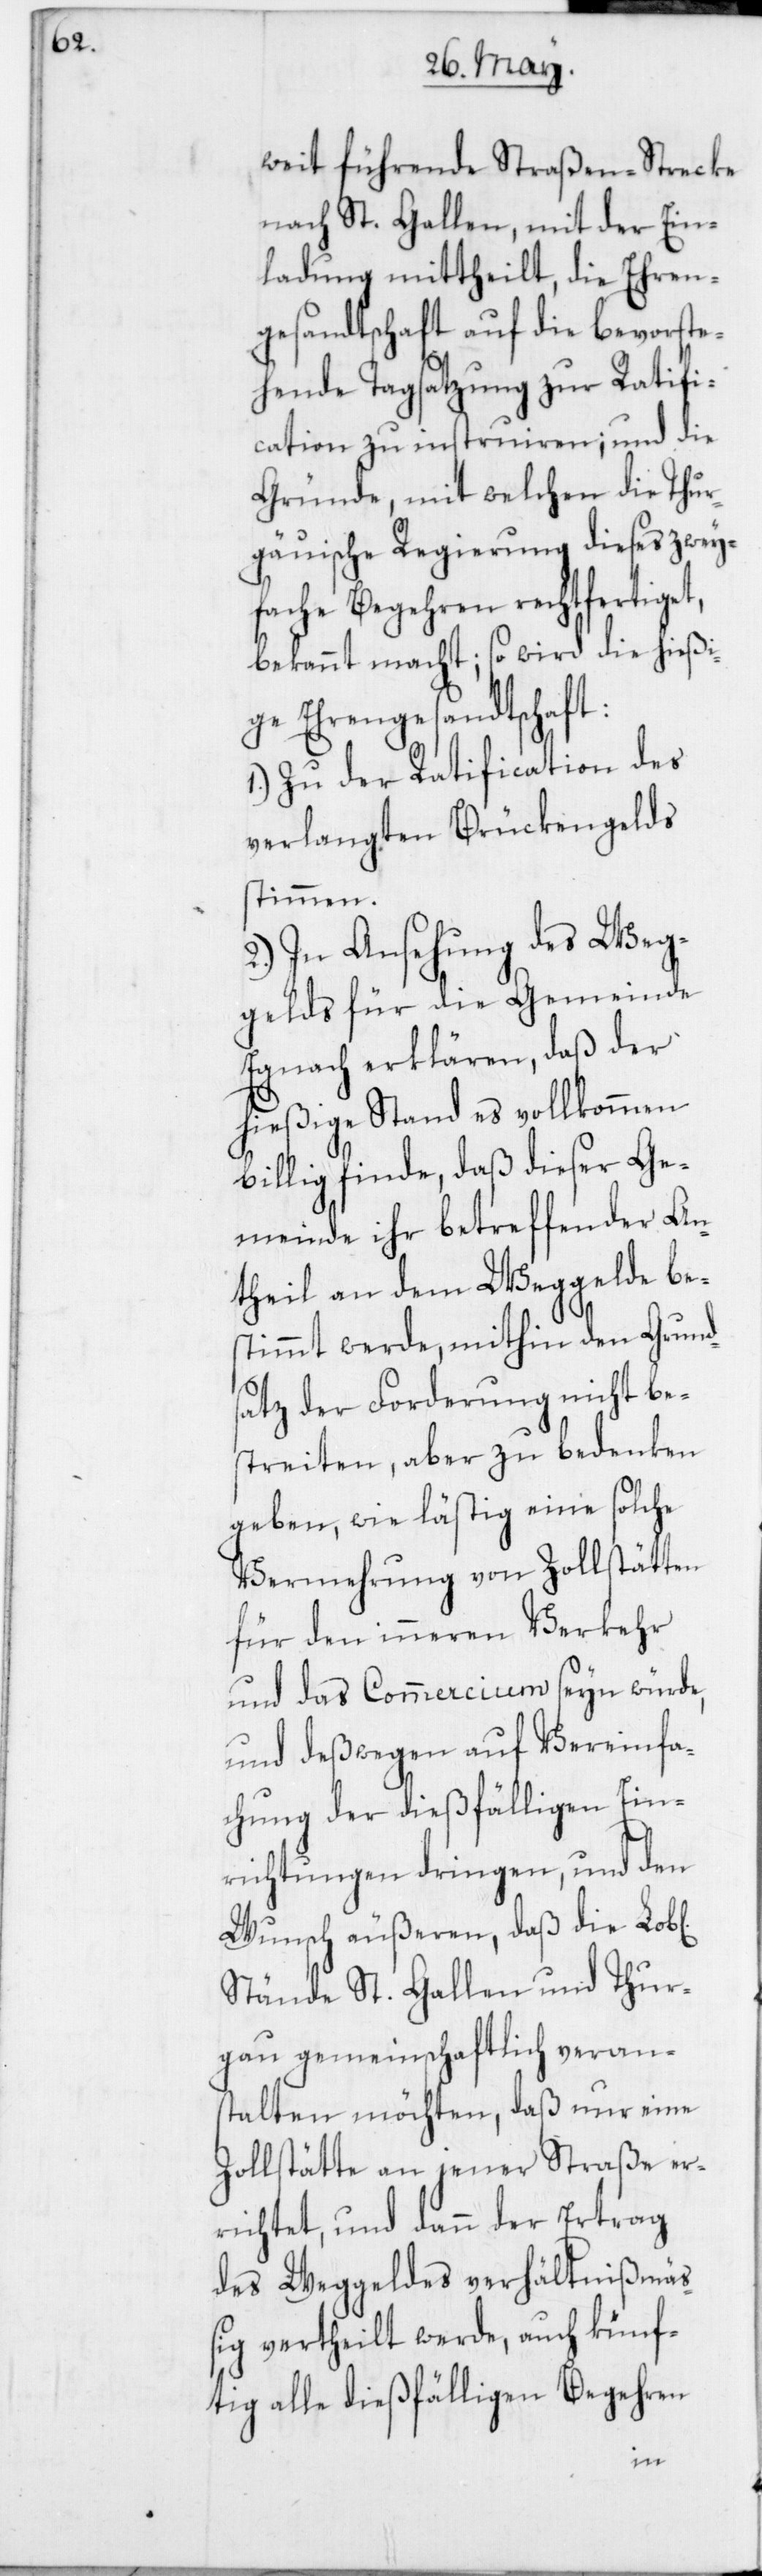
weit führende Straßen-Strecke
nach St. Gallen, mit der Ein¬
ladung mittheilt, die Ehren¬
gesandtschaft auf die bevorste¬
hende Tagsatzung zur Ratifi¬
cation zu instruiren; und die
Gründe, mit welchen die Thur¬
gauische Regierung dieses zwey¬
fache Begehren rechtfertiget,
bekannt macht; so wird die hießi¬
ge Ehrengesandtschaft:
1. Zu der Ratification des
verlangten Brückengelds
stimmen.
2. In Ansehung des Weg¬
gelds für die Gemeinde
Egnach erklären, daß der
hießige Stand es vollkommen
billig finde, daß dieser Ge¬
meinde ihr betreffender An¬
theil an dem Weggelde be¬
stimmt werde, mithin den Grund¬
satz der Forderung nicht be¬
streiten, aber zu bedenken
geben, wie lästig eine solche
Vermehrung von Zollstätten
für den inneren Verkehr
und das Commercium seyn würde,
und deßwegen auf Vereinfa¬
chung der dießfälligen Ein¬
richtungen dringen, und den
Wunsch äußeren, daß die Lob[l¬
Stände St. Gallen und Thur¬
gau gemeinschaftlich veran¬
stalten möchten, daß nur eine
Zollstätte an jener Straße er¬
richtet, und dann der Ertrag
des Weggeldes verhältnißmäß¬
ig vertheilt werde, auch künf¬
tig alle dießfälligen Begehren
ichen]